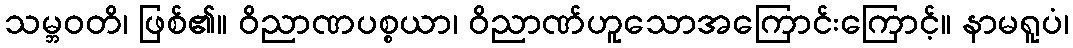
သမ္ဘဝတိ၊ ဖြစ်၏။ ဝိညာဏပစ္စယာ၊ ဝိညာဏ်ဟူသောအကြောင်းကြောင့်။ နာမရူပံ၊